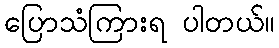
ပြောသံကြားရ ပါတယ်။